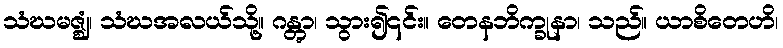
သံဃမဇ္ဈံ၊ သံဃအလယ်သို့။ ဂန္တွာ၊ သွား၍၎င်း။ တေနဘိက္ခုနာ၊ သည်။ ယာစိတေဟိ၊